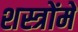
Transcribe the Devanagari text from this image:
शस्त्रोंमें